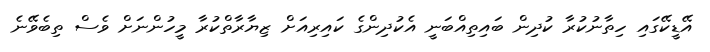
އޭޑީކޭގައި ހިތާނުކުރާ ކުދިން ބައިތިއްބަނީ އެކުދިންގެ ކައިރިއަށް ޒިޔާރާތްކުރާ މީހުންނަށް ވެސް ތިބެވޭނެ